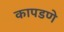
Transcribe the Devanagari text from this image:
कापडणे